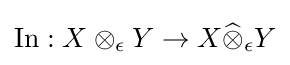
\operatorname {In} :X\otimes _{\epsilon }Y\to X{\widehat {\otimes }}_{\epsilon }Y